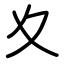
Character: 夊